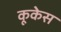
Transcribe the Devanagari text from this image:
कूकेस